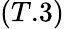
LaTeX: (T.3)